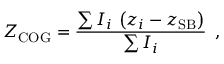
Z _ { \mathrm { C O G } } = \frac { \sum I _ { i } \, \left( z _ { i } - z _ { \mathrm { S B } } \right) } { \sum I _ { i } } \, \mathrm { ~ , ~ }